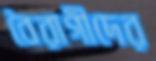
বৈরাগীদের